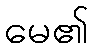
မေ၏